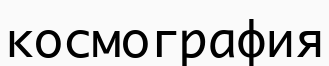
космография